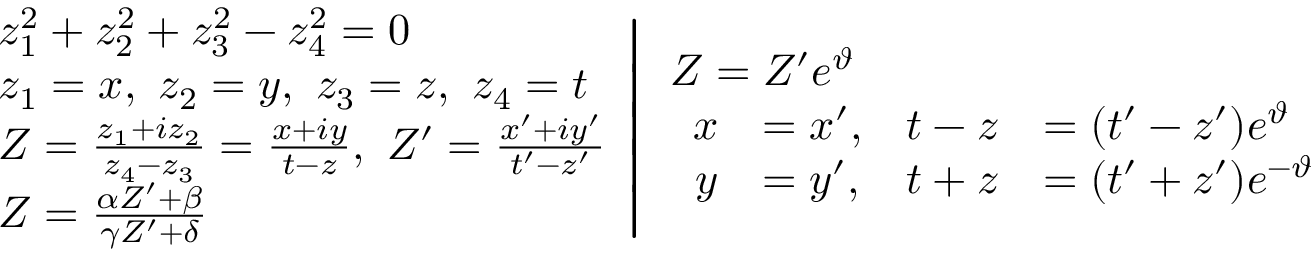
\left. { \begin{array} { l } { z _ { 1 } ^ { 2 } + z _ { 2 } ^ { 2 } + z _ { 3 } ^ { 2 } - z _ { 4 } ^ { 2 } = 0 } \\ { z _ { 1 } = x , \ z _ { 2 } = y , \ z _ { 3 } = z , \ z _ { 4 } = t } \\ { Z = { \frac { z _ { 1 } + i z _ { 2 } } { z _ { 4 } - z _ { 3 } } } = { \frac { x + i y } { t - z } } , \ Z ^ { \prime } = { \frac { x ^ { \prime } + i y ^ { \prime } } { t ^ { \prime } - z ^ { \prime } } } } \\ { Z = { \frac { \alpha Z ^ { \prime } + \beta } { \gamma Z ^ { \prime } + \delta } } } \end{array} } \right| { \begin{array} { l } { Z = Z ^ { \prime } e ^ { \vartheta } } \\ { { \begin{array} { r l r l } { x } & { = x ^ { \prime } , } & { t - z } & { = ( t ^ { \prime } - z ^ { \prime } ) e ^ { \vartheta } } \\ { y } & { = y ^ { \prime } , } & { t + z } & { = ( t ^ { \prime } + z ^ { \prime } ) e ^ { - \vartheta } } \end{array} } } \end{array} }